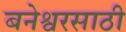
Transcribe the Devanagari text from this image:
बनेश्वरसाठी